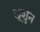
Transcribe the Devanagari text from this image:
लूशुन